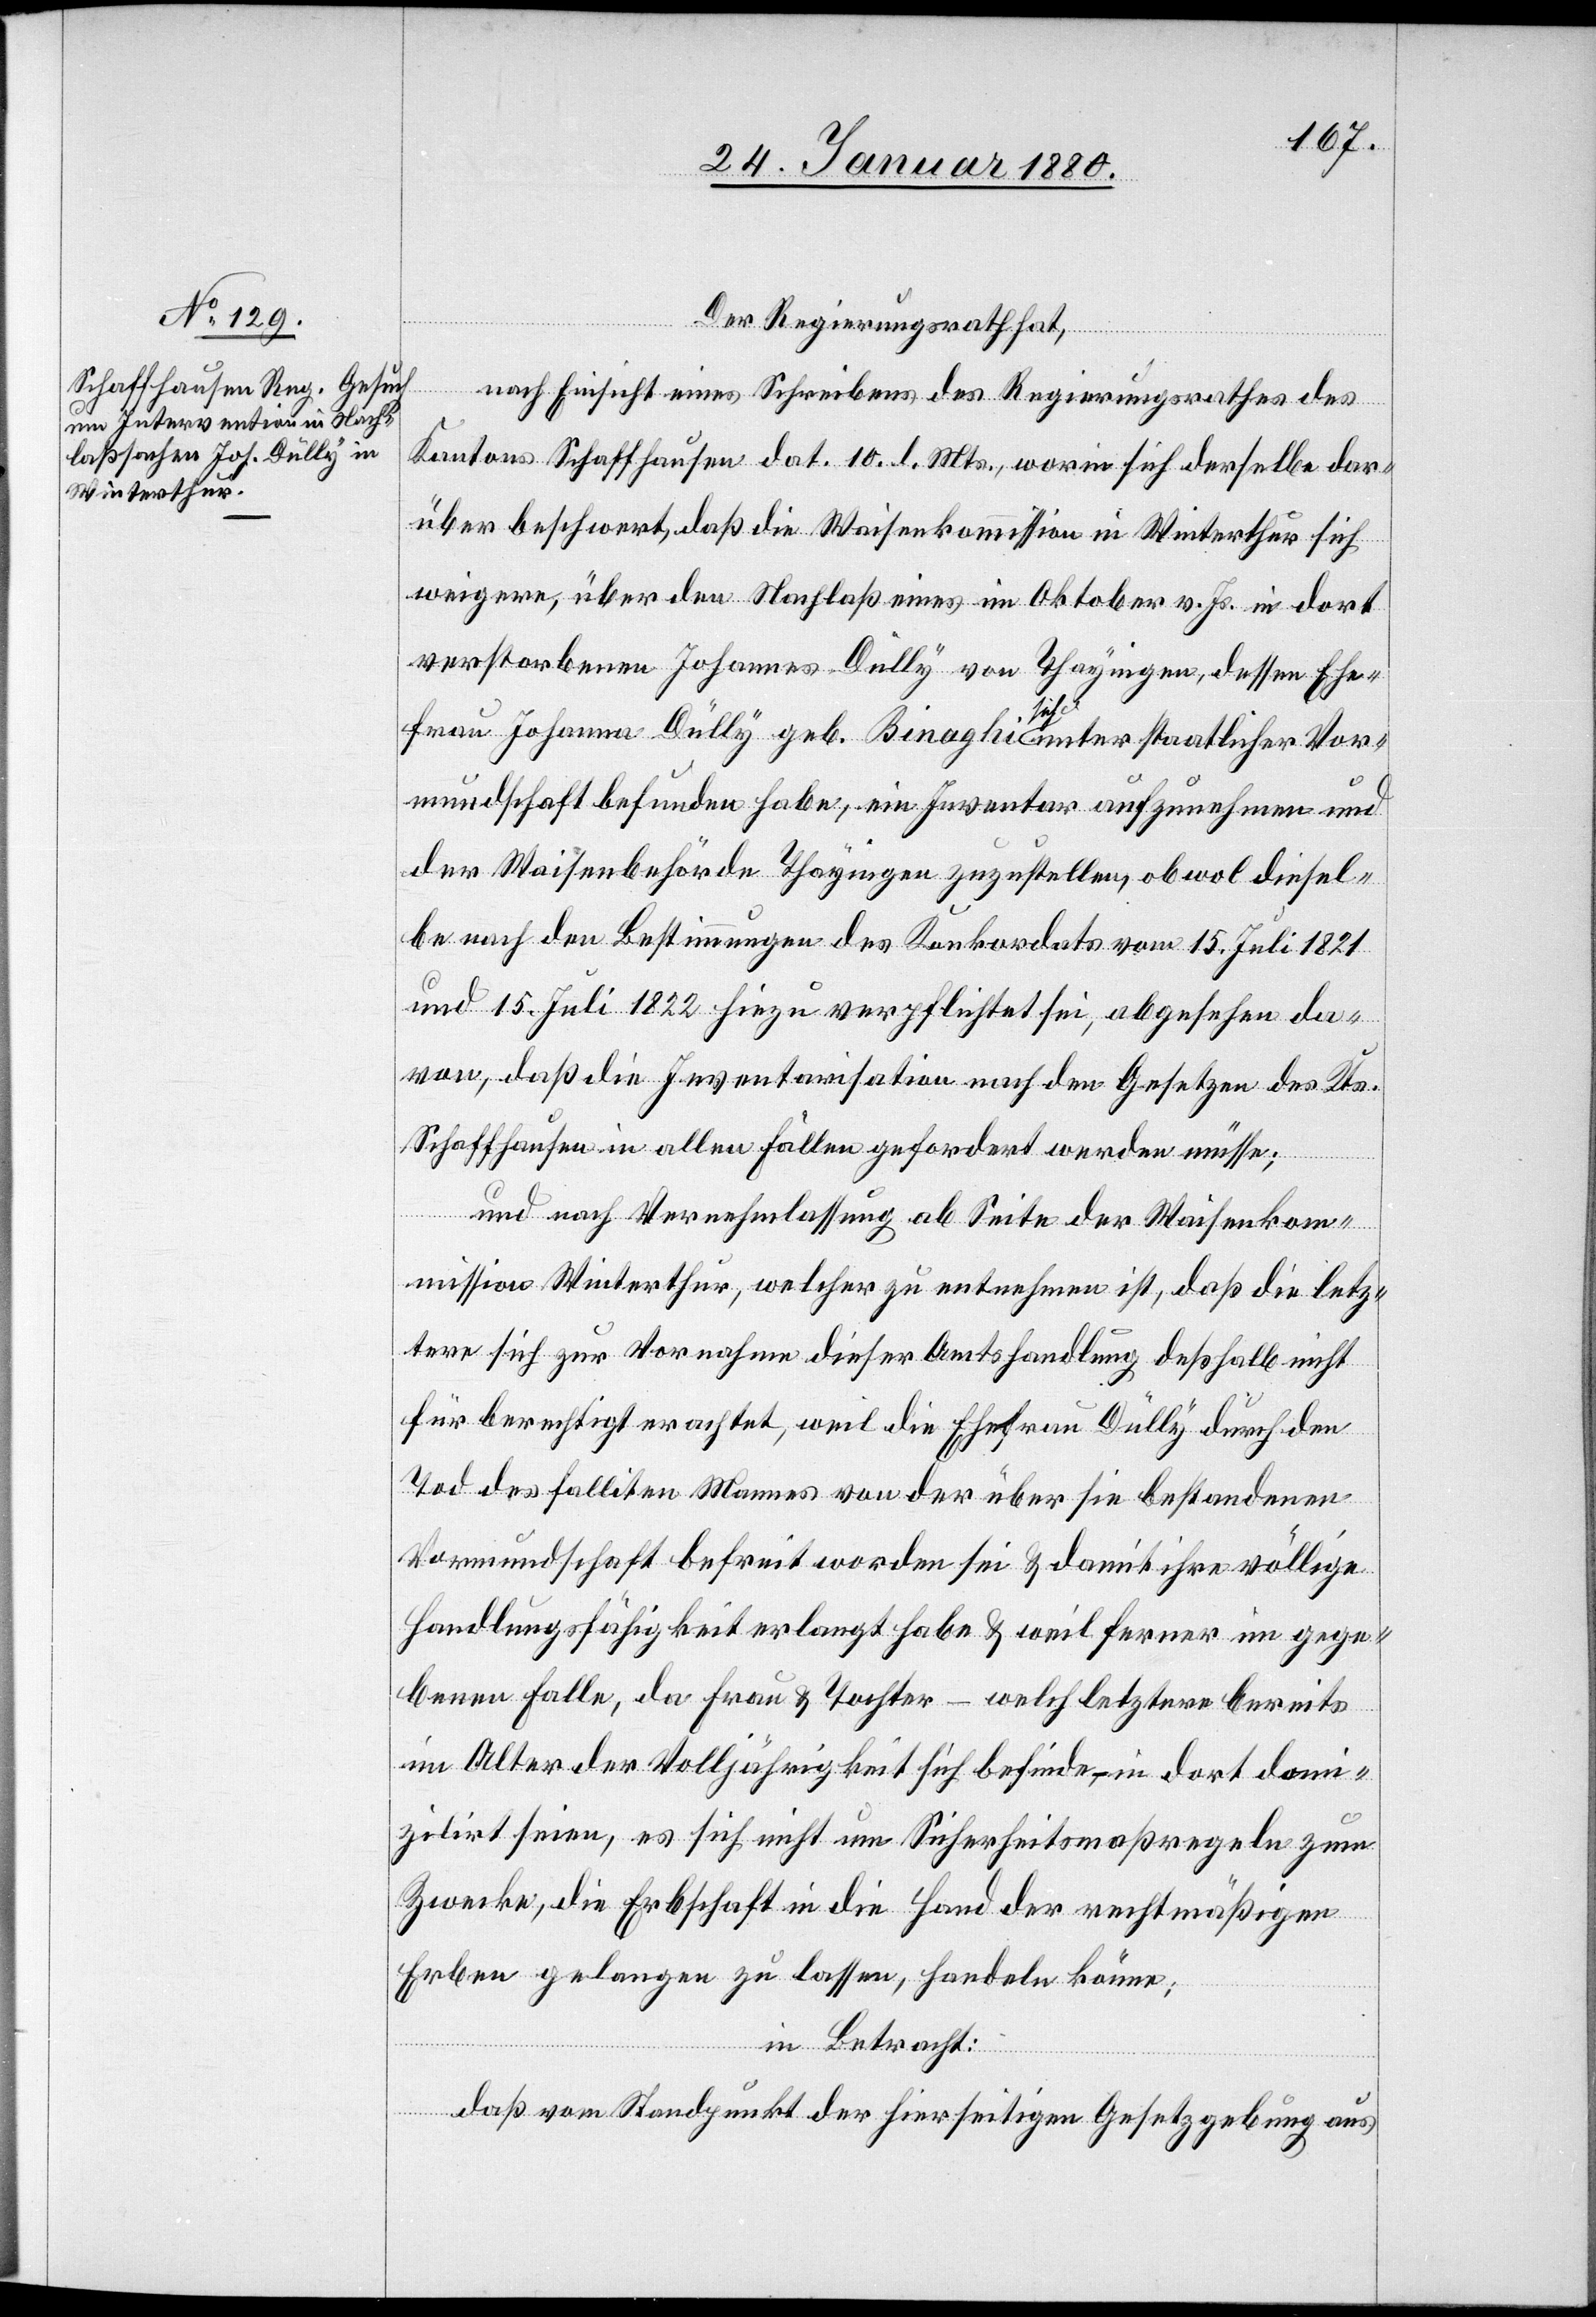
Der Regierungsrath hat,
nach Einsicht eines Schreibens des Regierungsrathes des
Kantons Schaffhausen dat. 10. d. Mts., worin sich derselbe dar¬
über beschwert, daß die Waisenkommission in Winterthur sich
weigere, über den Nachlaß eines im Oktober v. Js. in dort
verstorbenen Johannes Dully von Thayingen, dessen Ehe¬
frau Johanna Dully geb. Binaghi a-sich-a unter staatlicher Vor¬
mundschaft befunden habe, ein Inventar aufzunehmen und
der Waisenbehörde Thayingen zuzustellen, obwol diesel¬
be nach den Bestimmungen des Konkordates vom 15. Juli 1821
und 15. Juli 1822 hiezu verpflichtet sei, abgesehen da¬
von, daß die Inventarisation nach den Gesetzen des Kts.
Schaffhausen in allen Fällen gefordert werden müsse;
und nach Vernehmlassung ob Seite der Waisenkom¬
mission Winterthur, welcher zu entnehmen ist, daß die letz¬
tere sich zur Vornahme dieser Amtshandlung deßhalb nicht
für berechtigt erachtet, weil die Ehefrau Dully durch den
Tod des Falliten Mannes von der über sie bestandenen
Vormundschaft befreit worden sei & damit ihre völlige
Handlungsfähigkeit erlangt habe & weil ferner im gege¬
benen Falle, da Frau & Tochter – welch letztere bereits
im Alter der Volljährigkeit sich befinde, – in dort domi¬
zilirt seien, es sich nicht um Sicherheitsmaßregeln zum
Zwecke, die Erbschaft in die Hand der rechtmäßigen
Erben gelangen zu lassen, handeln könne;
in Betracht:
daß vom Standpunkt der hierseitigen Gesetzgebung aus